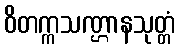
ဝိတက္ကသဏ္ဌာနသုတ္တံ